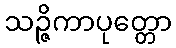
သဉ္ဇိကာပုတ္တော